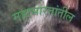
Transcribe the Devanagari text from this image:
महाभारतांतील